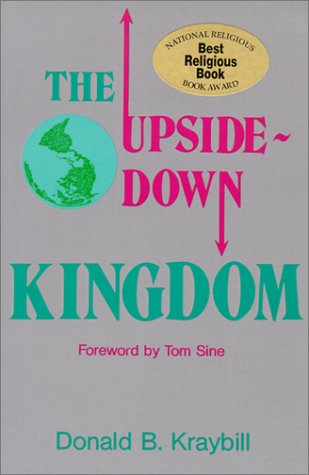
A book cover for The Upside-Down Kingdom (Christian Peace Shelf); Donald B. Kraybill; Christian Books & Bibles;